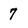
Character: 7